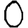
Digit: 0